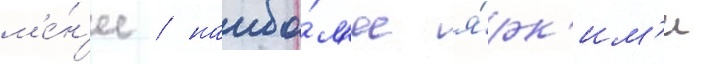
м'е́н'ее / наибо́л'ее я́рк'им'и